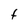
Character: t